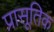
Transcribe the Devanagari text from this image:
प्रासूतिक